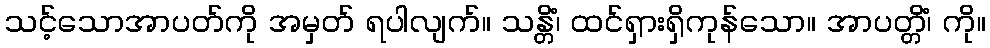
သင့်သောအာပတ်ကို အမှတ် ရပါလျက်။ သန္တိံ၊ ထင်ရှားရှိကုန်သော။ အာပတ္တိံ၊ ကို။